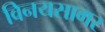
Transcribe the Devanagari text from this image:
विनयसागर